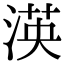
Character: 渶